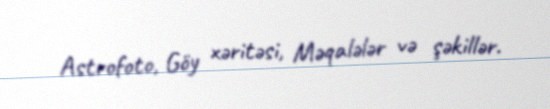
Astrofoto, Göy xəritəsi, Məqalələr və şəkillər.